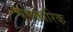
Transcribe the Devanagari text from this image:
चमक्तारिक